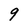
Character: 9